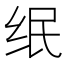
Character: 𱺘